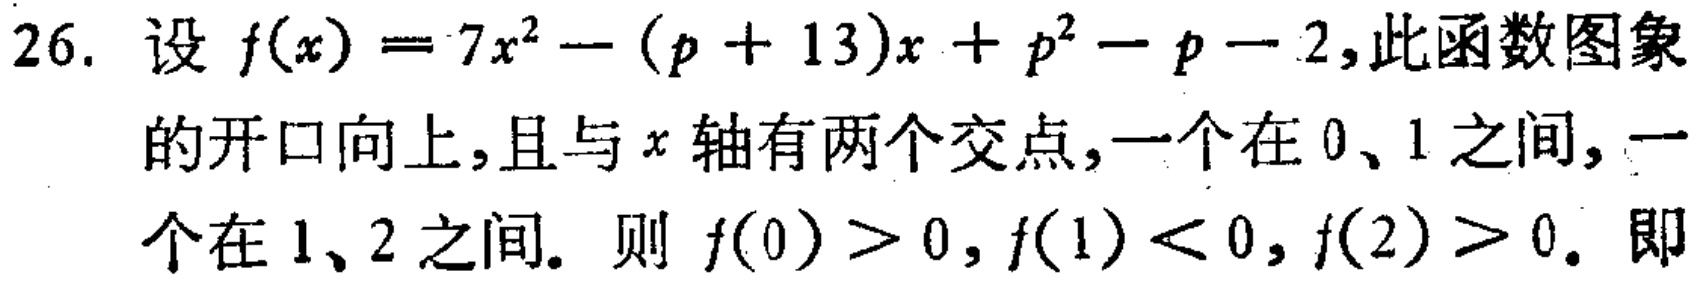
26. 设 \(f(x)=7x^{2}-(p + 13)x + p^{2}-p - 2\),此函数图象的开口向上，且与 \(x\) 轴有两个交点，一个在 \(0、1\) 之间，一个在 \(1、2\) 之间。则 \(f(0)>0,f(1)<0,f(2)>0\)。即